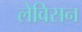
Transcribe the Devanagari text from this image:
लेविसन